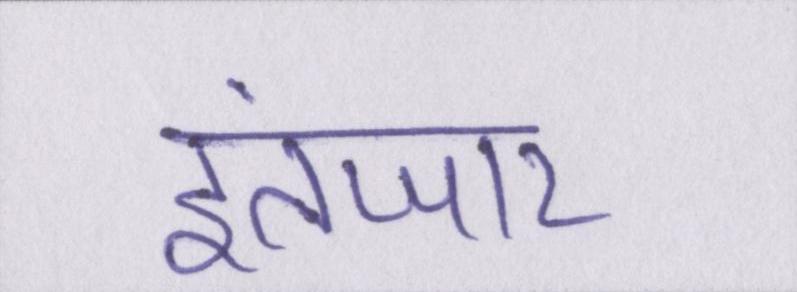
इंतजार